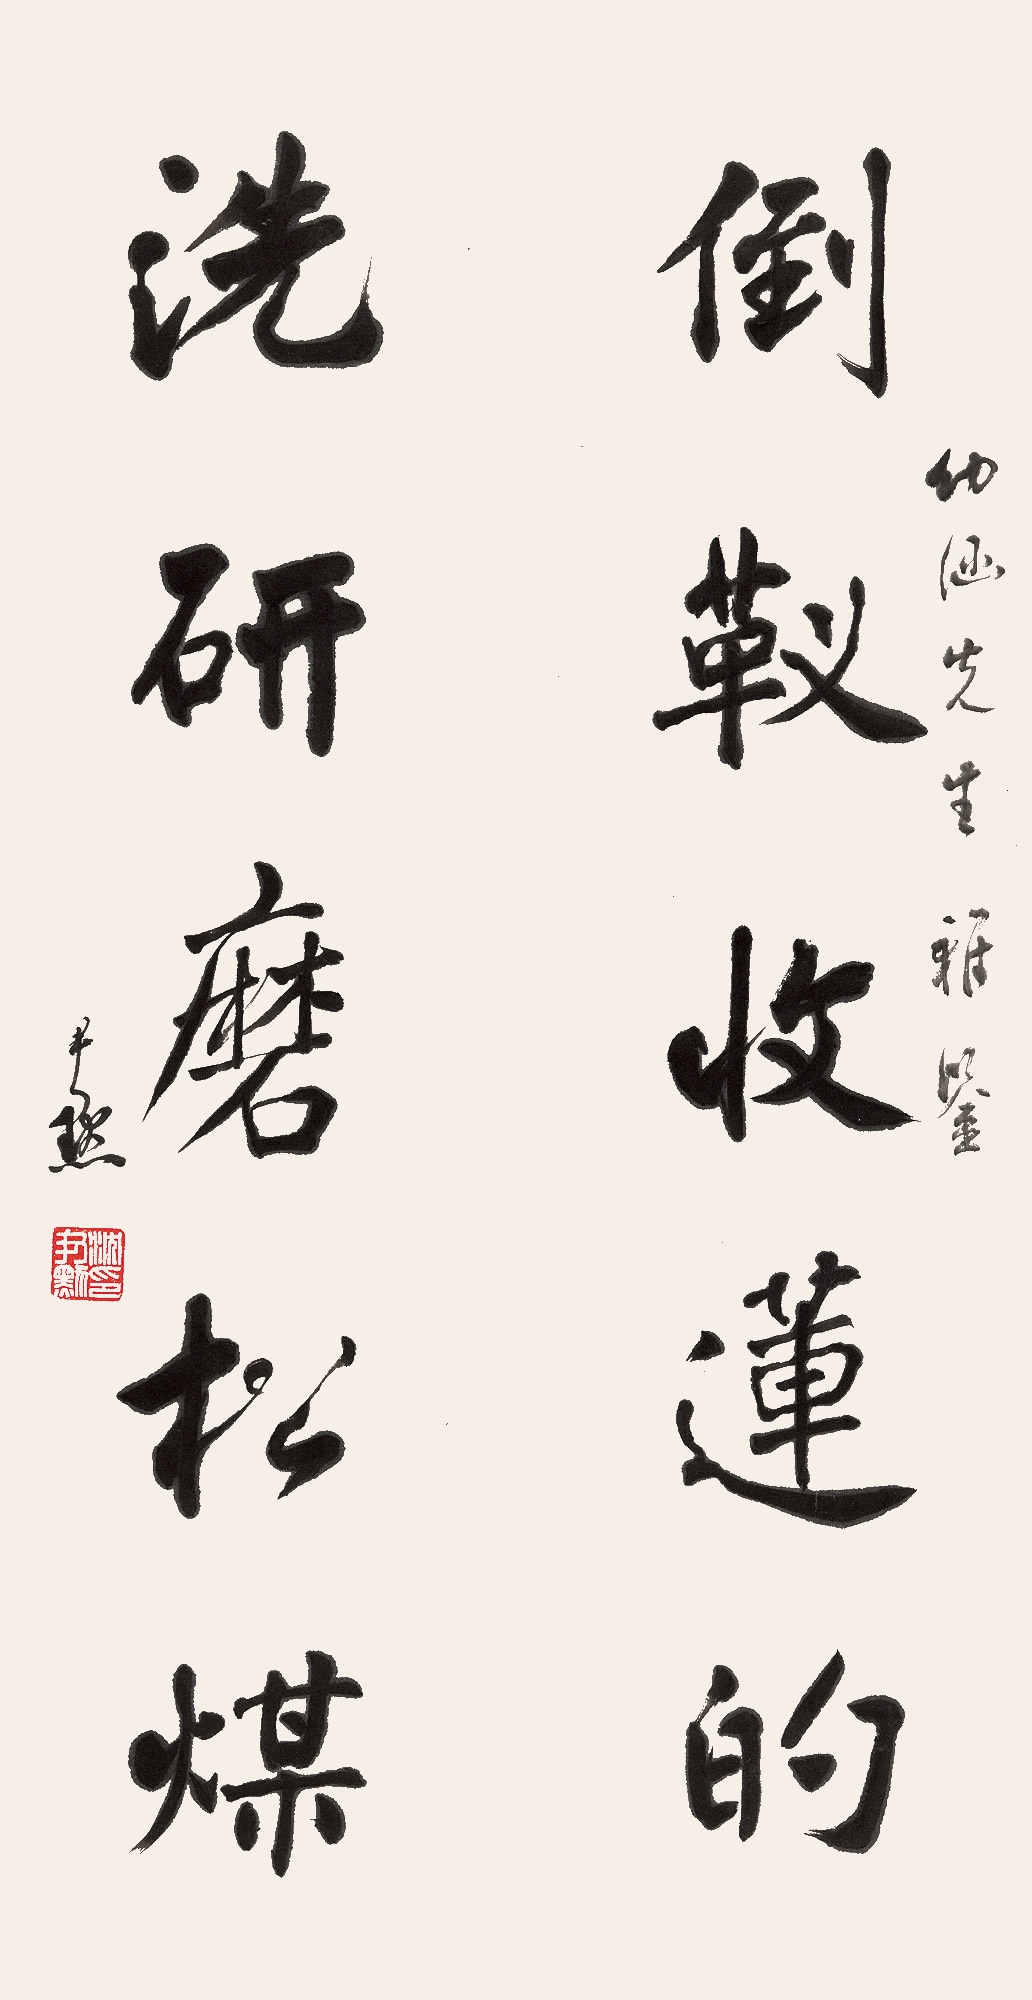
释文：倒靫收莲的，洗砚磨松煤。幼涵先生雅鉴。尹黙。